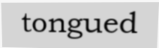
tongued